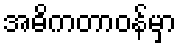
အဓိကတာဝန်မှာ